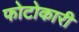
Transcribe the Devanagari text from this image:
फोटोकारी